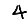
Digit: 4